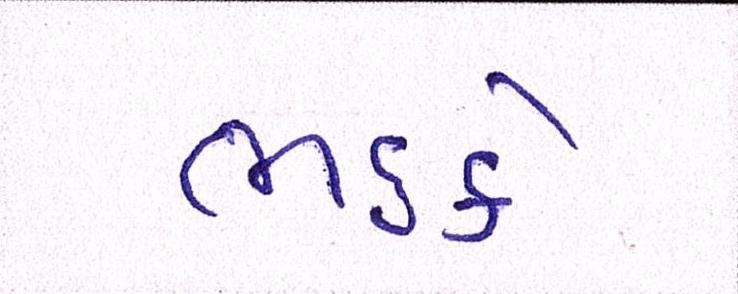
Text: ભડકે